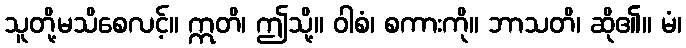
သူတို့မသိစေလင့်။ ဣတိ၊ ဤသို့။ ဝါစံ၊ စကားကို။ ဘာသတိ၊ ဆို၏။ မံ၊